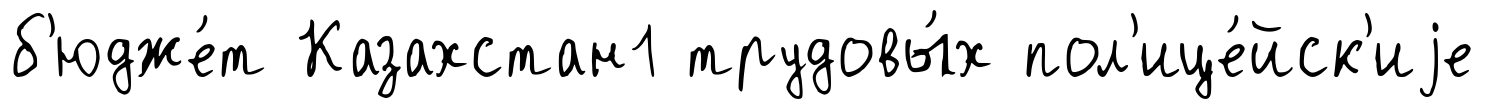
б'юдже́т Казахстан1 трудовы́х пол'ице́йск'иjе